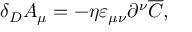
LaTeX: \delta _ { D } A _ { \mu } = - \eta \varepsilon _ { \mu \nu } \partial ^ { \nu } \overline { { C } } ,